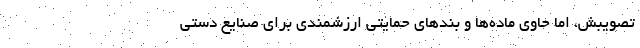
تصویبش، اما حاوی ماده‌ها و بند‌های حمایتی ارزشمندی برای صنایع دستی